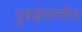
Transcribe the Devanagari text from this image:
दुबईमध्येच